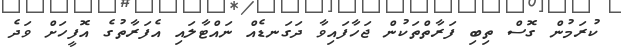
ކުރަމުން ގޮސް ތިބި ފަރާތްތަކުން ޖަހާފައިވާ ދަގަނޑެއް ނައްޓާލައި އެފަރާތުގެ އޮފީހަށް ވަދެ